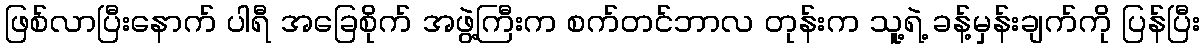
ဖြစ်လာပြီးနောက် ပါရီ အခြေစိုက် အဖွဲ့ကြီးက စက်တင်ဘာလ တုန်းက သူ့ရဲ့ ခန့်မှန်းချက်ကို ပြန်ပြီး